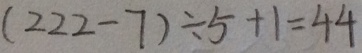
( 2 2 2 - 7 ) \div 5 + 1 = 4 4